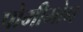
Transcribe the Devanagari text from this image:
पोमीमोन